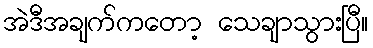
အဲဒီအချက်ကတော့ သေချာသွားပြီ။